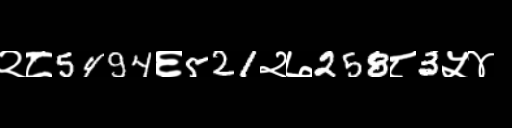
Text: २८5494६521२७258८3५४